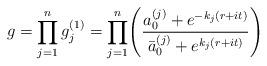
LaTeX: \begin{align*}g = \displaystyle \prod_{j=1}^{n} g_j^{(1)} = \displaystyle \prod_{j=1}^{n}\Biggl({{a_0^{(j)} +e^{-{k_j}(r+it)}}\over{\bar a_0^{(j)}+ e^{{k_j}(r+it)}}}\Biggr)\end{align*}